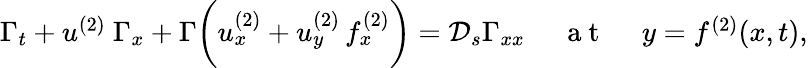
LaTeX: \begin{array}{r}{\Gamma_{t}+u^{(2)}~\Gamma_{x}+\Gamma\biggl(u_{x}^{(2)}+u_{y}^{(2)}\, f_{x}^{(2)}\biggr)=\mathcal{D}_{s}\Gamma_{xx}~~~~~\mathrm{~a~t~}~~~~~y=f^{(2)}(x,t),}\end{array}